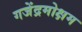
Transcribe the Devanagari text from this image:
गजेंद्रमोक्षम